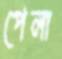
পেলা